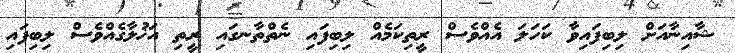
ޝާއިނާއަށް ލިބިފައިވާ ކަހަލަ އެއްވެސް ރީތިކަމެއް ލިބިފައި ނެތްތާނގައި ރީތި އަޚުލާގެއްވެސް ލިބިފައި